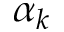
\alpha _ { k }